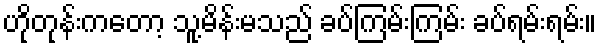
ဟိုတုန်းကတော့ သူ့မိန်းမသည် ခပ်ကြမ်းကြမ်း ခပ်ရမ်းရမ်း။